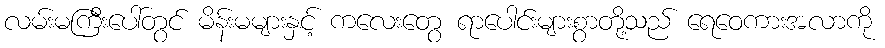
လမ်းမကြီးပေါ်တွင် မိန်းမများနှင့် ကလေးတွေ ရာပေါင်းများစွာတို့သည် ရေဝေကားအလာကို